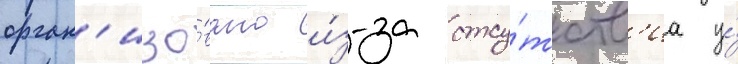
орган'изо́вано и́з-за отсу́тств'иа у́